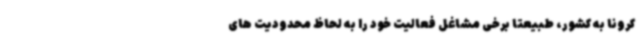
کرونا به کشور، طبیعتا برخی مشاغل فعالیت خود را به لحاظ محدودیت های